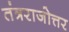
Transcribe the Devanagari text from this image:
तंत्रराजोत्तर